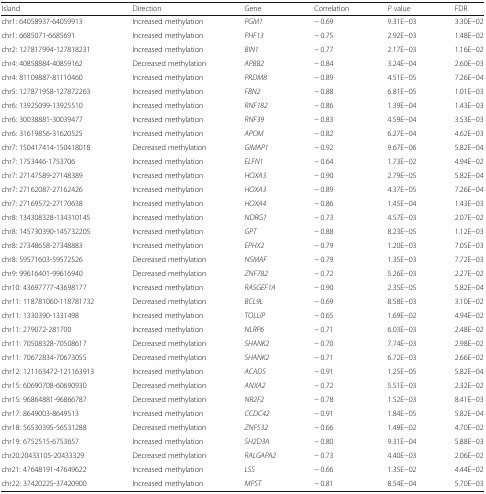
<table><thead><tr><td><b>Island</b></td><td><b>Direction</b></td><td><b>Gene</b></td><td><b>Correlation</b></td><td><b><i>P</i> value</b></td><td><b>FDR</b></td></tr></thead><tbody><tr><td>chr1: 64058937-64059913</td><td>Increased methylation</td><td><i>PGM1</i></td><td>− 0.69</td><td>9.31E−03</td><td>3.30E−02</td></tr><tr><td>chr1: 6685071-6685691</td><td>Increased methylation</td><td><i>PHF13</i></td><td>− 0.75</td><td>2.92E−03</td><td>1.48E−02</td></tr><tr><td>chr2: 127817994-127818231</td><td>Increased methylation</td><td><i>BIN1</i></td><td>− 0.77</td><td>2.17E−03</td><td>1.16E−02</td></tr><tr><td>chr4: 40858884-40859162</td><td>Decreased methylation</td><td><i>APBB2</i></td><td>− 0.84</td><td>3.24E−04</td><td>2.60E−03</td></tr><tr><td>chr4: 81109887-81110460</td><td>Increased methylation</td><td><i>PRDM8</i></td><td>− 0.89</td><td>4.51E−05</td><td>7.26E−04</td></tr><tr><td>chr5: 127871958-127872263</td><td>Increased methylation</td><td><i>FBN2</i></td><td>− 0.88</td><td>6.81E−05</td><td>1.01E−03</td></tr><tr><td>chr6: 13925099-13925510</td><td>Increased methylation</td><td><i>RNF182</i></td><td>− 0.86</td><td>1.39E−04</td><td>1.43E−03</td></tr><tr><td>chr6: 30038881-30039477</td><td>Increased methylation</td><td><i>RNF39</i></td><td>− 0.83</td><td>4.59E−04</td><td>3.53E−03</td></tr><tr><td>chr6: 31619856-31620525</td><td>Increased methylation</td><td><i>APOM</i></td><td>− 0.82</td><td>6.27E−04</td><td>4.62E−03</td></tr><tr><td>chr7: 150417414-150418018</td><td>Decreased methylation</td><td><i>GIMAP1</i></td><td>− 0.92</td><td>9.67E−06</td><td>5.82E−04</td></tr><tr><td>chr7: 1753446-1753706</td><td>Increased methylation</td><td><i>ELFN1</i></td><td>− 0.64</td><td>1.73E−02</td><td>4.94E−02</td></tr><tr><td>chr7: 27147589-27148389</td><td>Increased methylation</td><td><i>HOXA3</i></td><td>− 0.90</td><td>2.79E−05</td><td>5.82E−04</td></tr><tr><td>chr7: 27162087-27162426</td><td>Increased methylation</td><td><i>HOXA3</i></td><td>− 0.89</td><td>4.37E−05</td><td>7.26E−04</td></tr><tr><td>chr7: 27169572-27170638</td><td>Increased methylation</td><td><i>HOXA4</i></td><td>− 0.86</td><td>1.45E−04</td><td>1.43E−03</td></tr><tr><td>chr8: 134308328-134310145</td><td>Increased methylation</td><td><i>NDRG1</i></td><td>− 0.73</td><td>4.57E−03</td><td>2.07E−02</td></tr><tr><td>chr8: 145730390-145732205</td><td>Increased methylation</td><td><i>GPT</i></td><td>− 0.88</td><td>8.23E−05</td><td>1.12E−03</td></tr><tr><td>chr8: 27348658-27348883</td><td>Increased methylation</td><td><i>EPHX2</i></td><td>− 0.79</td><td>1.20E−03</td><td>7.05E−03</td></tr><tr><td>chr8: 59571603-59572526</td><td>Decreased methylation</td><td><i>NSMAF</i></td><td>− 0.79</td><td>1.35E−03</td><td>7.72E−03</td></tr><tr><td>chr9: 99616401-99616940</td><td>Decreased methylation</td><td><i>ZNF782</i></td><td>− 0.72</td><td>5.26E−03</td><td>2.27E−02</td></tr><tr><td>chr10: 43697777-43698177</td><td>Increased methylation</td><td><i>RASGEF1A</i></td><td>− 0.90</td><td>2.35E−05</td><td>5.82E−04</td></tr><tr><td>chr11: 118781060-118781732</td><td>Decreased methylation</td><td><i>BCL9L</i></td><td>− 0.69</td><td>8.58E−03</td><td>3.10E−02</td></tr><tr><td>chr11: 1330390-1331498</td><td>Increased methylation</td><td><i>TOLLIP</i></td><td>− 0.65</td><td>1.69E−02</td><td>4.94E−02</td></tr><tr><td>chr11: 279072-281700</td><td>Increased methylation</td><td><i>NLRP6</i></td><td>− 0.71</td><td>6.03E−03</td><td>2.48E−02</td></tr><tr><td>chr11: 70508328-70508617</td><td>Decreased methylation</td><td><i>SHANK2</i></td><td>− 0.70</td><td>7.74E−03</td><td>2.98E−02</td></tr><tr><td>chr11: 70672834-70673055</td><td>Decreased methylation</td><td><i>SHANK2</i></td><td>− 0.71</td><td>6.72E−03</td><td>2.66E−02</td></tr><tr><td>chr12: 121163472-121163913</td><td>Increased methylation</td><td><i>ACADS</i></td><td>− 0.91</td><td>1.25E−05</td><td>5.82E−04</td></tr><tr><td>chr15: 60690708-60690930</td><td>Decreased methylation</td><td><i>ANXA2</i></td><td>− 0.72</td><td>5.51E−03</td><td>2.32E−02</td></tr><tr><td>chr15: 96864881-96866787</td><td>Decreased methylation</td><td><i>NR2F2</i></td><td>− 0.78</td><td>1.52E−03</td><td>8.41E−03</td></tr><tr><td>chr17: 8649003-8649513</td><td>Increased methylation</td><td><i>CCDC42</i></td><td>− 0.91</td><td>1.84E−05</td><td>5.82E−04</td></tr><tr><td>chr18: 56530395-56531288</td><td>Decreased methylation</td><td><i>ZNF532</i></td><td>− 0.66</td><td>1.49E−02</td><td>4.70E−02</td></tr><tr><td>chr19: 6752515-6753657</td><td>Increased methylation</td><td><i>SH2D3A</i></td><td>− 0.80</td><td>9.31E−04</td><td>5.88E−03</td></tr><tr><td>chr20:20433105-20433329</td><td>Decreased methylation</td><td><i>RALGAPA2</i></td><td>− 0.73</td><td>4.40E−03</td><td>2.06E−02</td></tr><tr><td>chr21: 47648191-47649622</td><td>Increased methylation</td><td><i>LSS</i></td><td>− 0.66</td><td>1.35E−02</td><td>4.44E−02</td></tr><tr><td>chr22: 37420225-37420900</td><td>Increased methylation</td><td><i>MPST</i></td><td>− 0.81</td><td>8.54E−04</td><td>5.70E−03</td></tr></tbody></table>